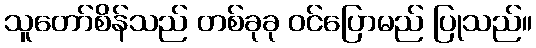
သူတော်စိန်သည် တစ်ခုခု ဝင်ပြောမည် ပြုသည်။